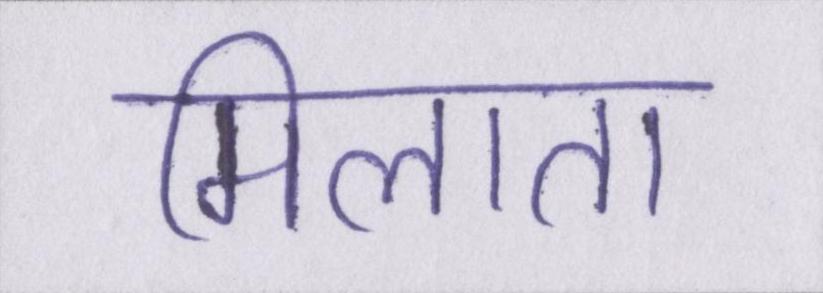
मिलाता